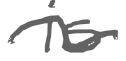
Text: is
Cross-out: wave
Writing tool: digital_gray